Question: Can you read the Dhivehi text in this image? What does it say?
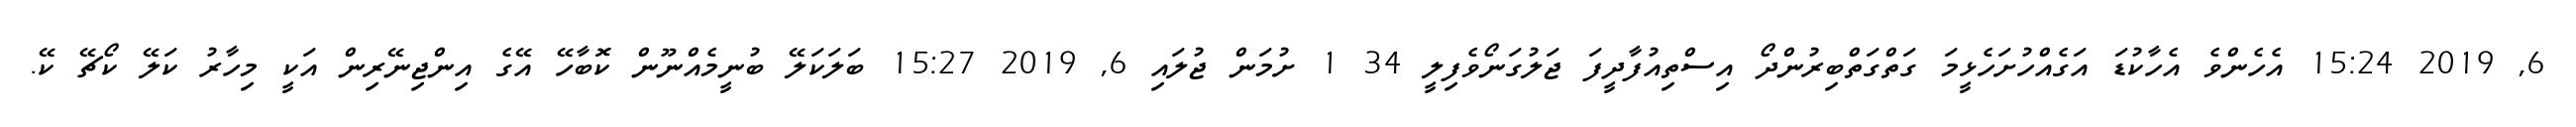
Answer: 6, 2019 15:24 އެހެންވެ އެހާކުޑަ އަގެއްހުށަހެޅީމަ ގަތްގަތްބިރުންދޯ އިސްތިއުފާދީފަ ޖަލުގަނޯވެފިލީ 34 1 ށުމަން ޖުލައި 6, 2019 15:27 ބަލަކަލޭ ބުނީމެއްނޫން ކޮބާހޭ އޭގެ އިންޖިނޭރިން އަކީ މިހާރު ކަލޭ ކޯޗޭ ކޭ.